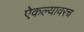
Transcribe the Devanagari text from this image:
ऐकल्यावरच